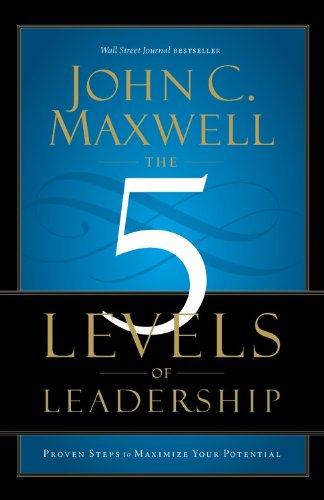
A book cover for The 5 Levels of Leadership: Proven Steps to Maximize Your Potential; John C. Maxwell; Business & Money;